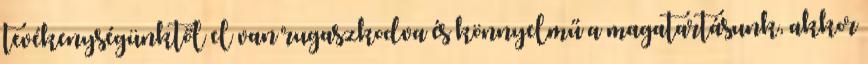
tevékenységünktől el van rugaszkodva és könnyelmű a magatartásunk, akkor